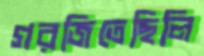
গরজিতেছিলি